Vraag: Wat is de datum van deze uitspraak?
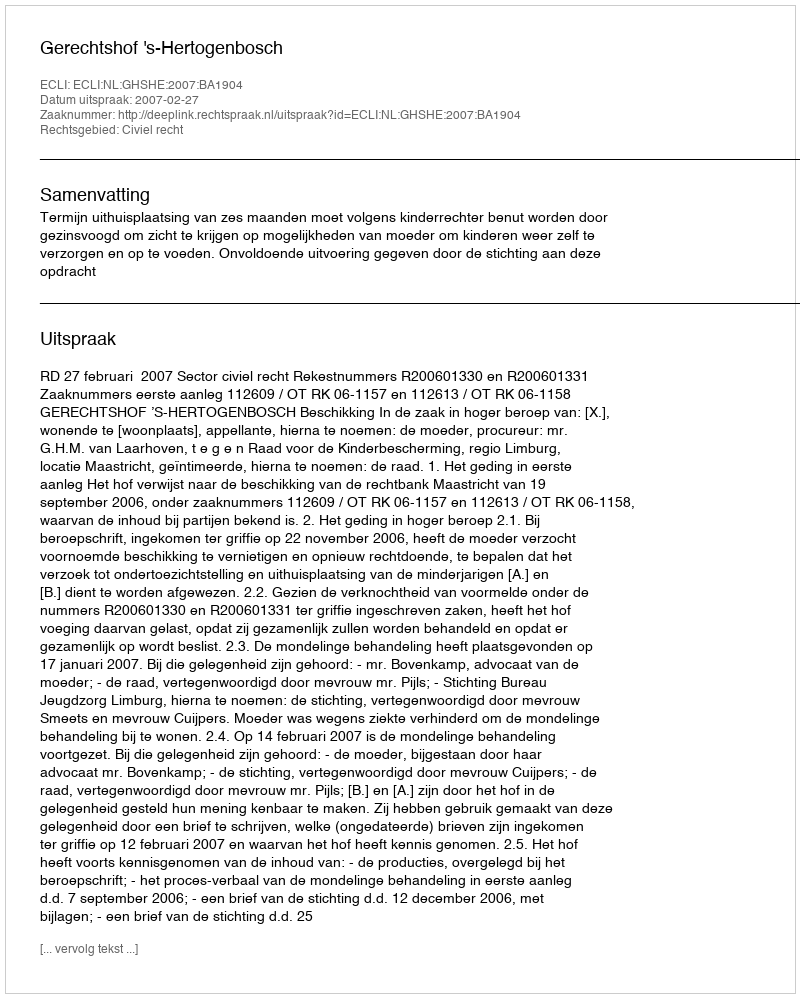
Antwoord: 2007-02-27